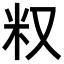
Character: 𥸩